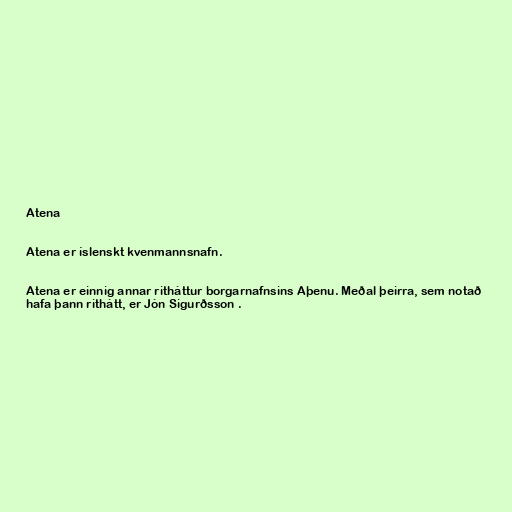
Atena

Atena er íslenskt kvenmannsnafn.

Atena er einnig annar ritháttur borgarnafnsins Aþenu. Meðal þeirra, sem notað
hafa þann rithátt, er Jón Sigurðsson .